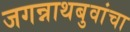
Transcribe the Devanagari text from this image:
जगन्नाथबुवांचा